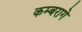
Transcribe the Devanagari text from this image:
कम्बरागे